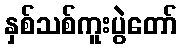
နှစ်သစ်ကူးပွဲတော်